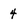
Character: 4